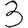
Digit: 3